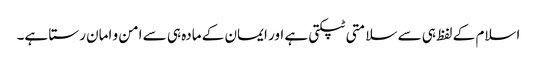
اسلام کے لفظ ہی سے سلامتی ٹپکتی ہے اور ایمان کے مادہ ہی سے امن و امان رستا ہے۔